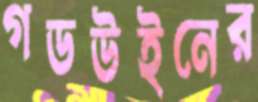
গডউইনের